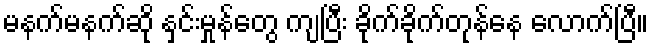
မနက်မနက်ဆို နှင်းမှုန်တွေ ကျပြီး ခိုက်ခိုက်တုန်နေ လောက်ပြီ။